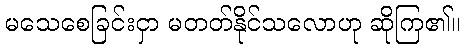
မသေစေခြင်းငှာ မတတ်နိုင်သလောဟု ဆိုကြ၏။